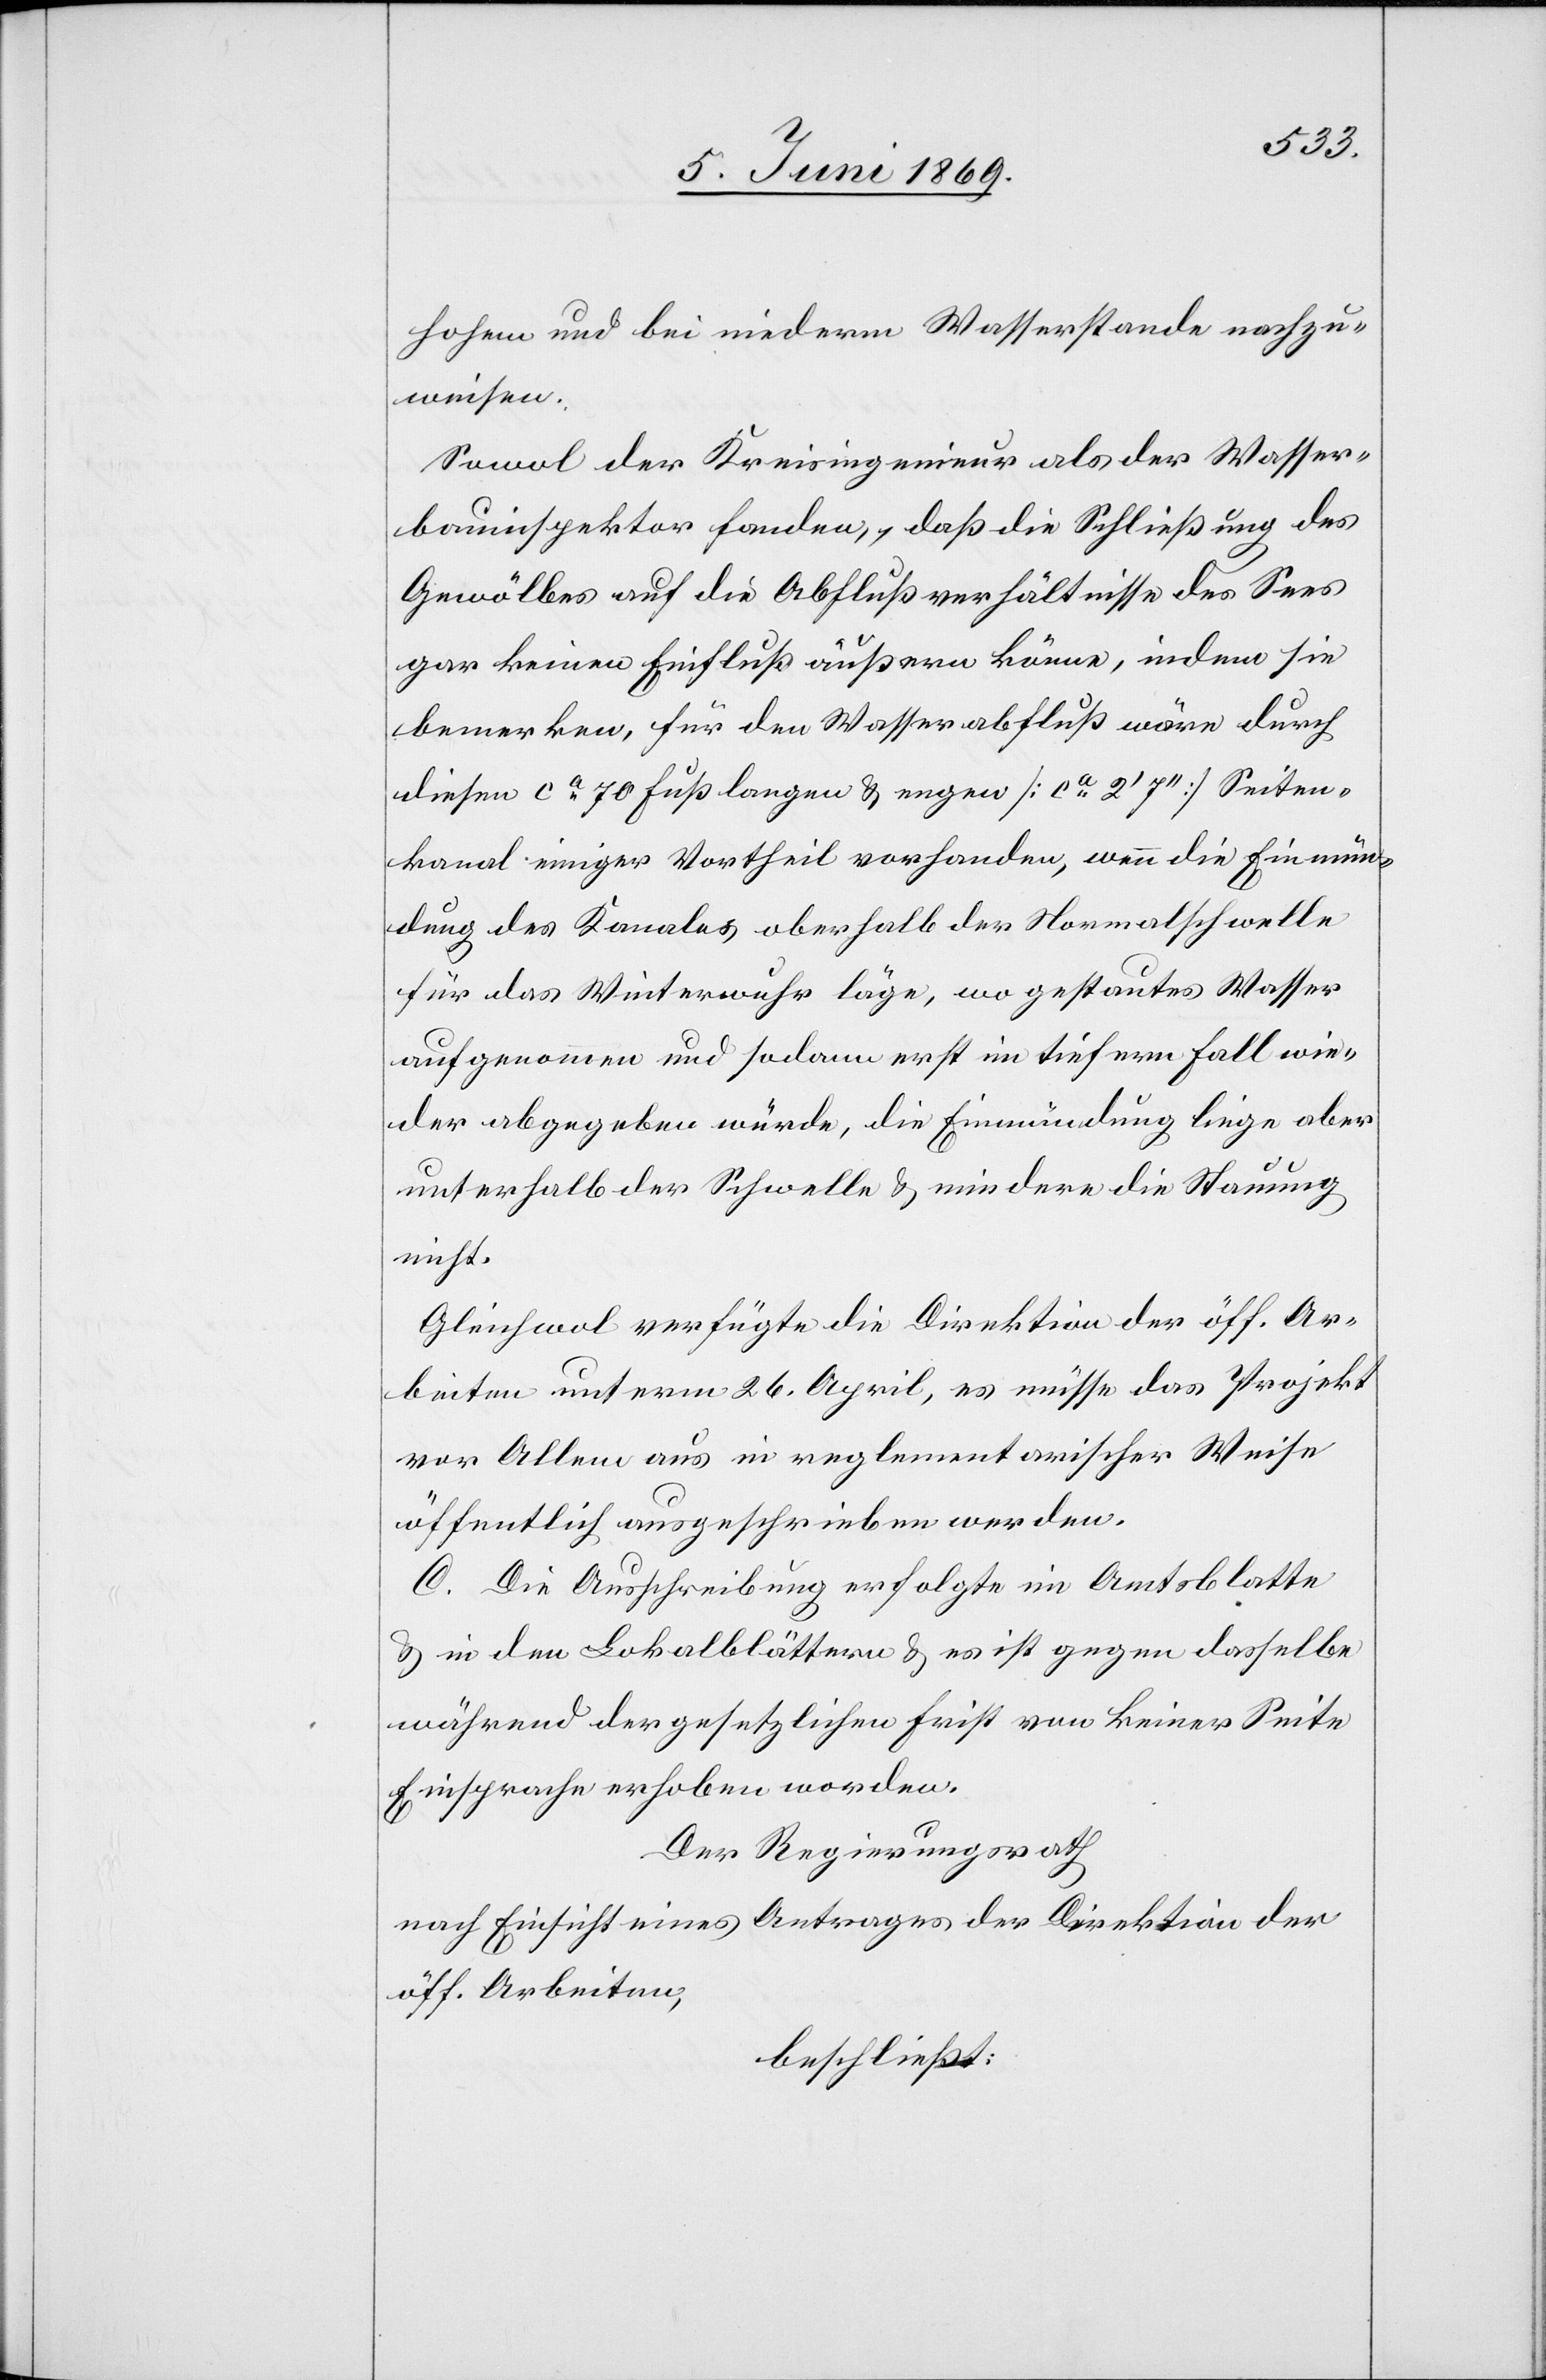
hohem und bei niederm Wasserstande nachzu¬
weisen.
Sowol der Kreisingenieur als der Wasser¬
bauinspektor fanden, daß die Schließung des
Gewölbes auf die Abflußverhältnisse des Sees
gar keinen Einfluß äußern könne, indem sie
bemerken, für den Wasserabfluß wäre durch
diesen ca 70 Fuß langen u. engen [ca 2’7“] Seiten¬
kanal einiger Vortheil vorhanden, wenn die Einmün¬
dung des Kanales oberhalb der Normalschwelle
für das Winterwuhr läge, wo gestautes Wasser
aufgenommen und sodann erst im tiefern Fall wie¬
der abgegeben würde, die Einmündung liege aber
unterhalb der Schwelle u. mindere die Stauung
nicht.
Gleichwol verfügte die Direktion der öff. Ar¬
beiten unterm 26 April, es müsse das Projekt
vor Allem aus in reglementarischer Weise
öffentlich ausgeschrieben werden.
C. Die Ausschreibung erfolgte im Amtsblatte
u. in den Lokalblättern u. es ist gegen dasselbe
während der gesetzlichen Frist von keiner Seite
Einsprache erhoben worden.
Der Regierungsrath
nach Einsicht eines Antrages der Direktion der
öff. Arbeiten,
beschließt: